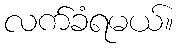
လက်ခံရမယ်။